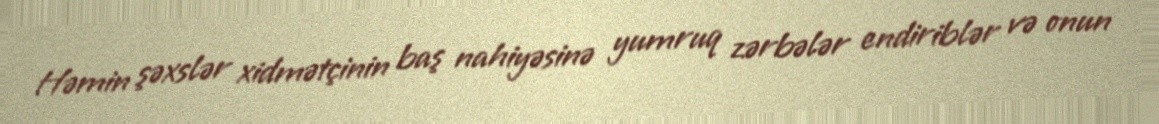
Həmin şəxslər xidmətçinin baş nahiyəsinə yumruq zərbələr endiriblər və onun